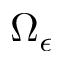
\Omega _ { \epsilon }